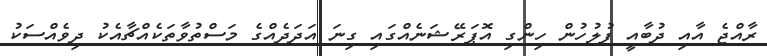
ރާއްޖެ އާއި ދުބާއީ ފުލުހުން ހިންގި އޮޕަރޭޝަނެއްގައި ގިނަ އަަދަދެއްގެ މަސްތުވާތަކެއްޗާއެކު ދިވެއްސަކު